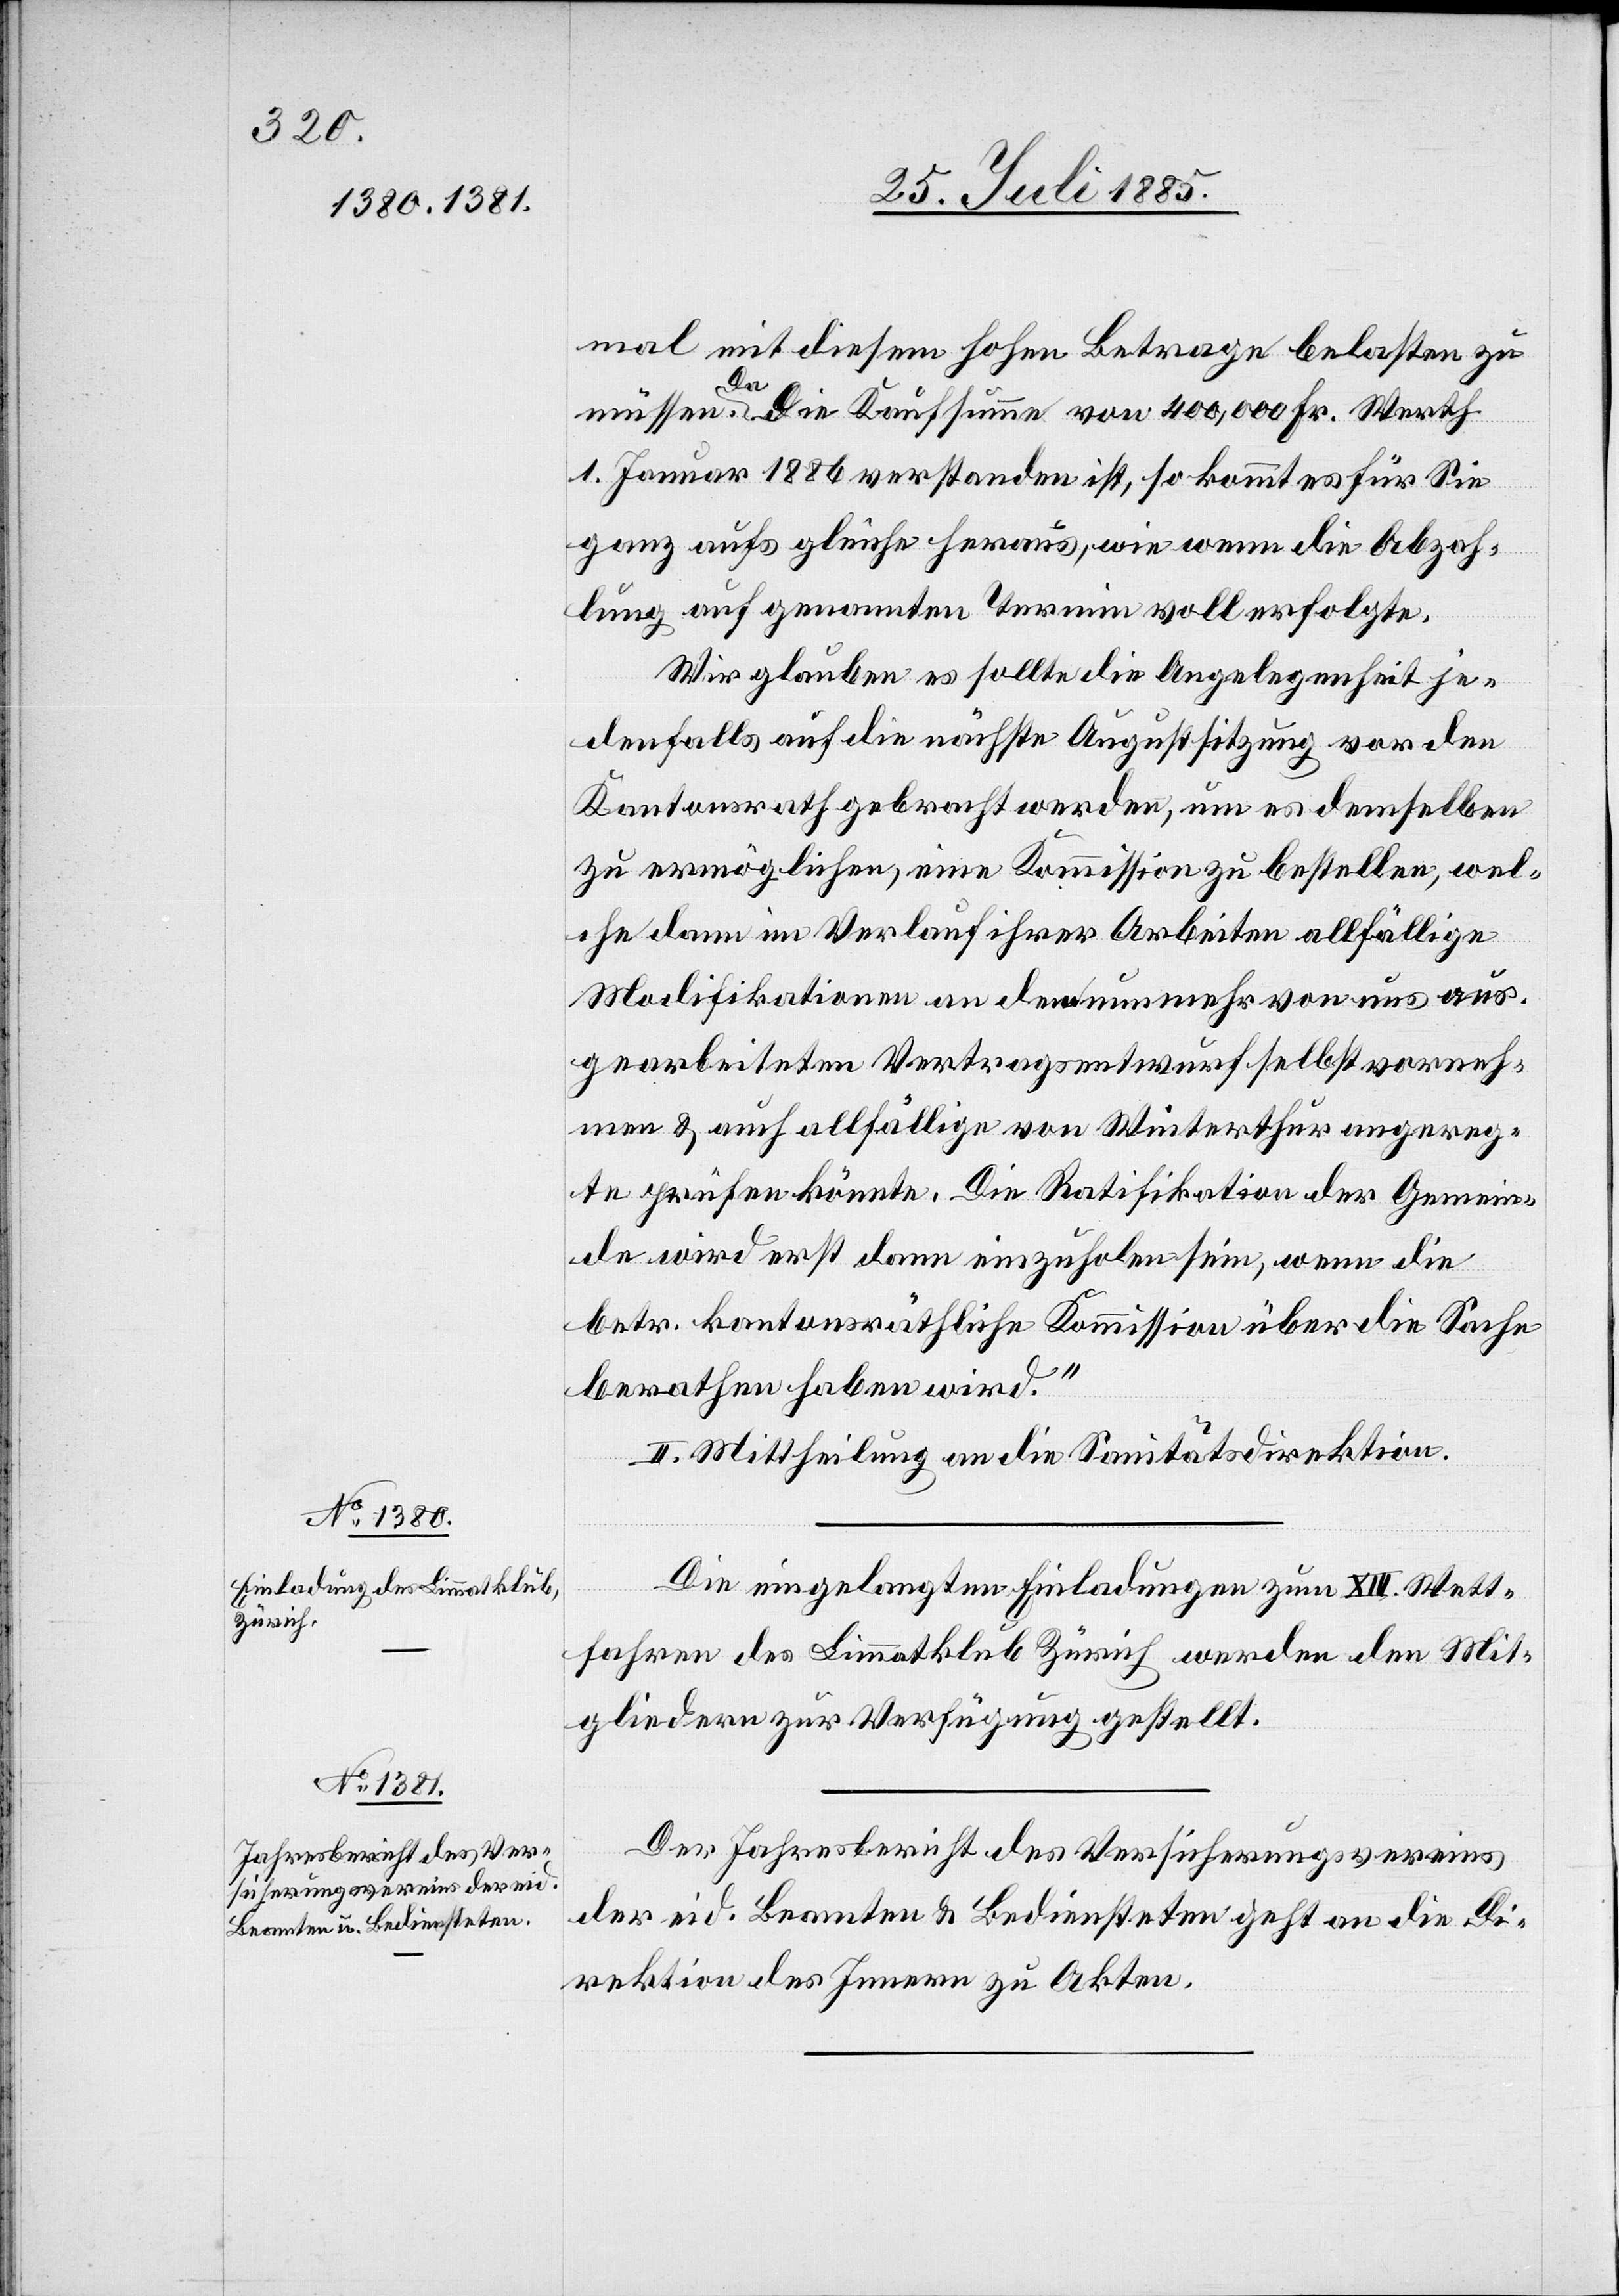
mal mit diesem hohen Betrage belasten zu
müssen. a-Da-a Die Kaufsumme von 400,000 Fr. Werth
1. Januar 1886 verstanden ist, so kommt es für Sie
ganz aufs gleiche heraus, wie wenn die Abzah¬
lung auf genannten Termin voll erfolgte.
Wir glauben es sollte die Angelegenheit je¬
denfalls auf die nächste Augustsitzung vor den
Kantonsrath gebracht werden, um es demselben
zu ermöglichen, eine Kommission zu bestellen, wel¬
che dann im Verlauf ihrer Arbeiten allfällige
Modifikationen an dem nunmehr von uns auf¬
gearbeiteten Vertragsentwurf selbst vorneh¬
men & auch allfällig von Winterthur angereg¬
te prüfen könnte [sic!]. Die Ratifikation der Gemein¬
de wird erst dann einzuholen sein, wenn die
betr. kantonsräthliche Kommission über die Sache
berathen haben wird.“
II. Mittheilung an die Sanitätsdirektion.
Die eingelangten Einladungen zum XIV. Wett¬
fahren des Limmatklub Zürich werden den Mit¬
gliedern zur Verfügung gestellt.
Der Jahresbericht des Versicherungsvereins
der eid. Beamten & Bediensteten geht an die Di¬
rektion des Innern zu Akten.